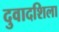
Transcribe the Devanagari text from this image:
दुवादशिला